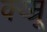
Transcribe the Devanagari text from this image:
क्य्म्रू